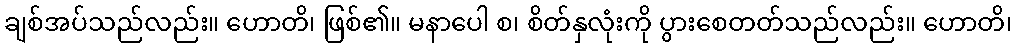
ချစ်အပ်သည်လည်း။ ဟောတိ၊ ဖြစ်၏။ မနာပေါ စ၊ စိတ်နှလုံးကို ပွားစေတတ်သည်လည်း။ ဟောတိ၊